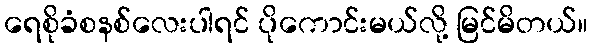
ရေစိုခံစနစ်လေးပါရင် ပိုကောင်းမယ်လို့ မြင်မိတယ်။